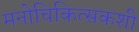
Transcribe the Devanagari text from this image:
मनोचिकित्सकशी